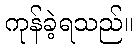
ကုန်ခဲ့ရသည်။